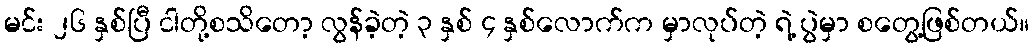
မင်း ၂၆ နှစ်ပြီ ငါတို့စသိတော့ လွန်ခဲ့တဲ့ ၃ နှစ် ၄ နှစ်လောက်က မှာလုပ်တဲ့ ရဲ့ ပွဲမှာ စတွေ့ဖြစ်တယ်။